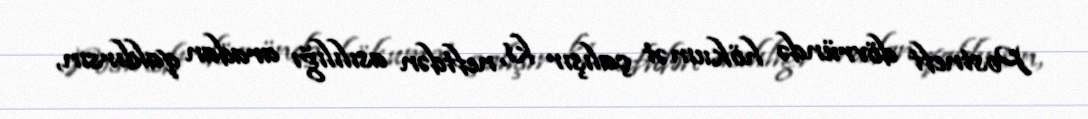
Postneft dövründə hökumət çalışır ki, neftdən asılılığı aradan qaldırsın,